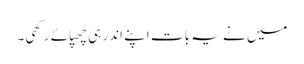
میں نے یہ بات اپنے اندر ہی چُھپائے رکھی۔